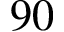
9 0